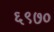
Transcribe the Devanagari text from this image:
६९७०